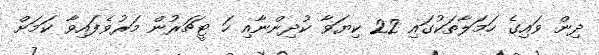
ދިން ވައިގެ ހަމަލާތަކުގައި 22 ކިޔަވާ ކުދިންނާއި ހަ ޓީޗަރުން މަރުވެފައިވާ ކަމަށް